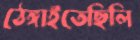
ঠেঙ্গাইতেছিলি